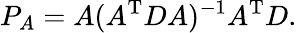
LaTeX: P_{A}=A(A^{\mathrm{T}}DA)^{-1}A^{\mathrm{T}}D.